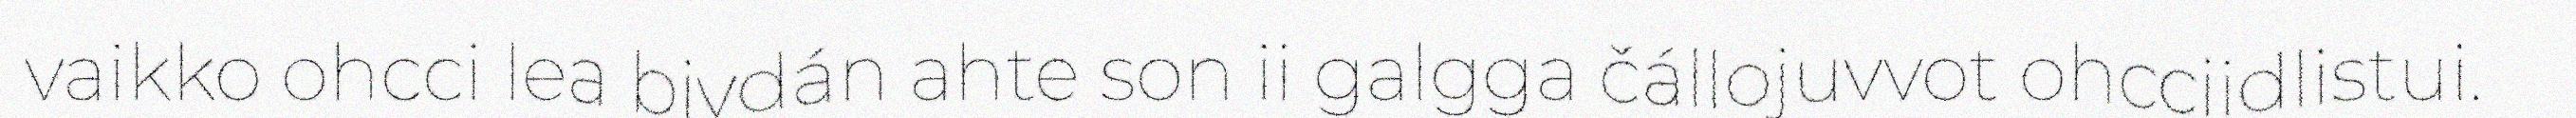
vaikko ohcci lea bivdán ahte son ii galgga čállojuvvot ohcciidlistui.